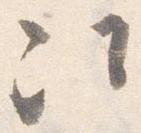
次